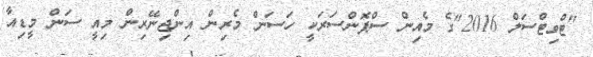
"ޓްވިޓްސަލް 2016"ގެ މެއިން ސްޕޮންސަރަކީ ހަސަން މެރިން އިންޖިނޭރިން މިއީ ސަން މީޑިއާ